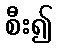
စီး၍